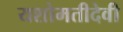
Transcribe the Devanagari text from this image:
यशोमतीदेवी